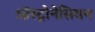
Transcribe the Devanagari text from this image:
ऑस्ट्रोनेसियन